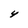
Character: 4